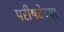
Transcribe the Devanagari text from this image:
परीषदेच्या